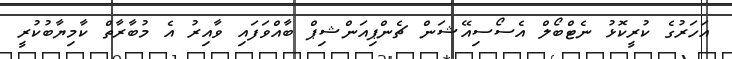
އަހަރުގެ ކުރީކޮޅު ނެޓްބޯލް އެސޯސިއޭޝަން ޗެންޕިއަންޝިޕް ބާއްވަފައި ވާއިރު އެ މުބާރާތް ކާމިޔާބުކުރީ